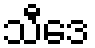
သီဒေ